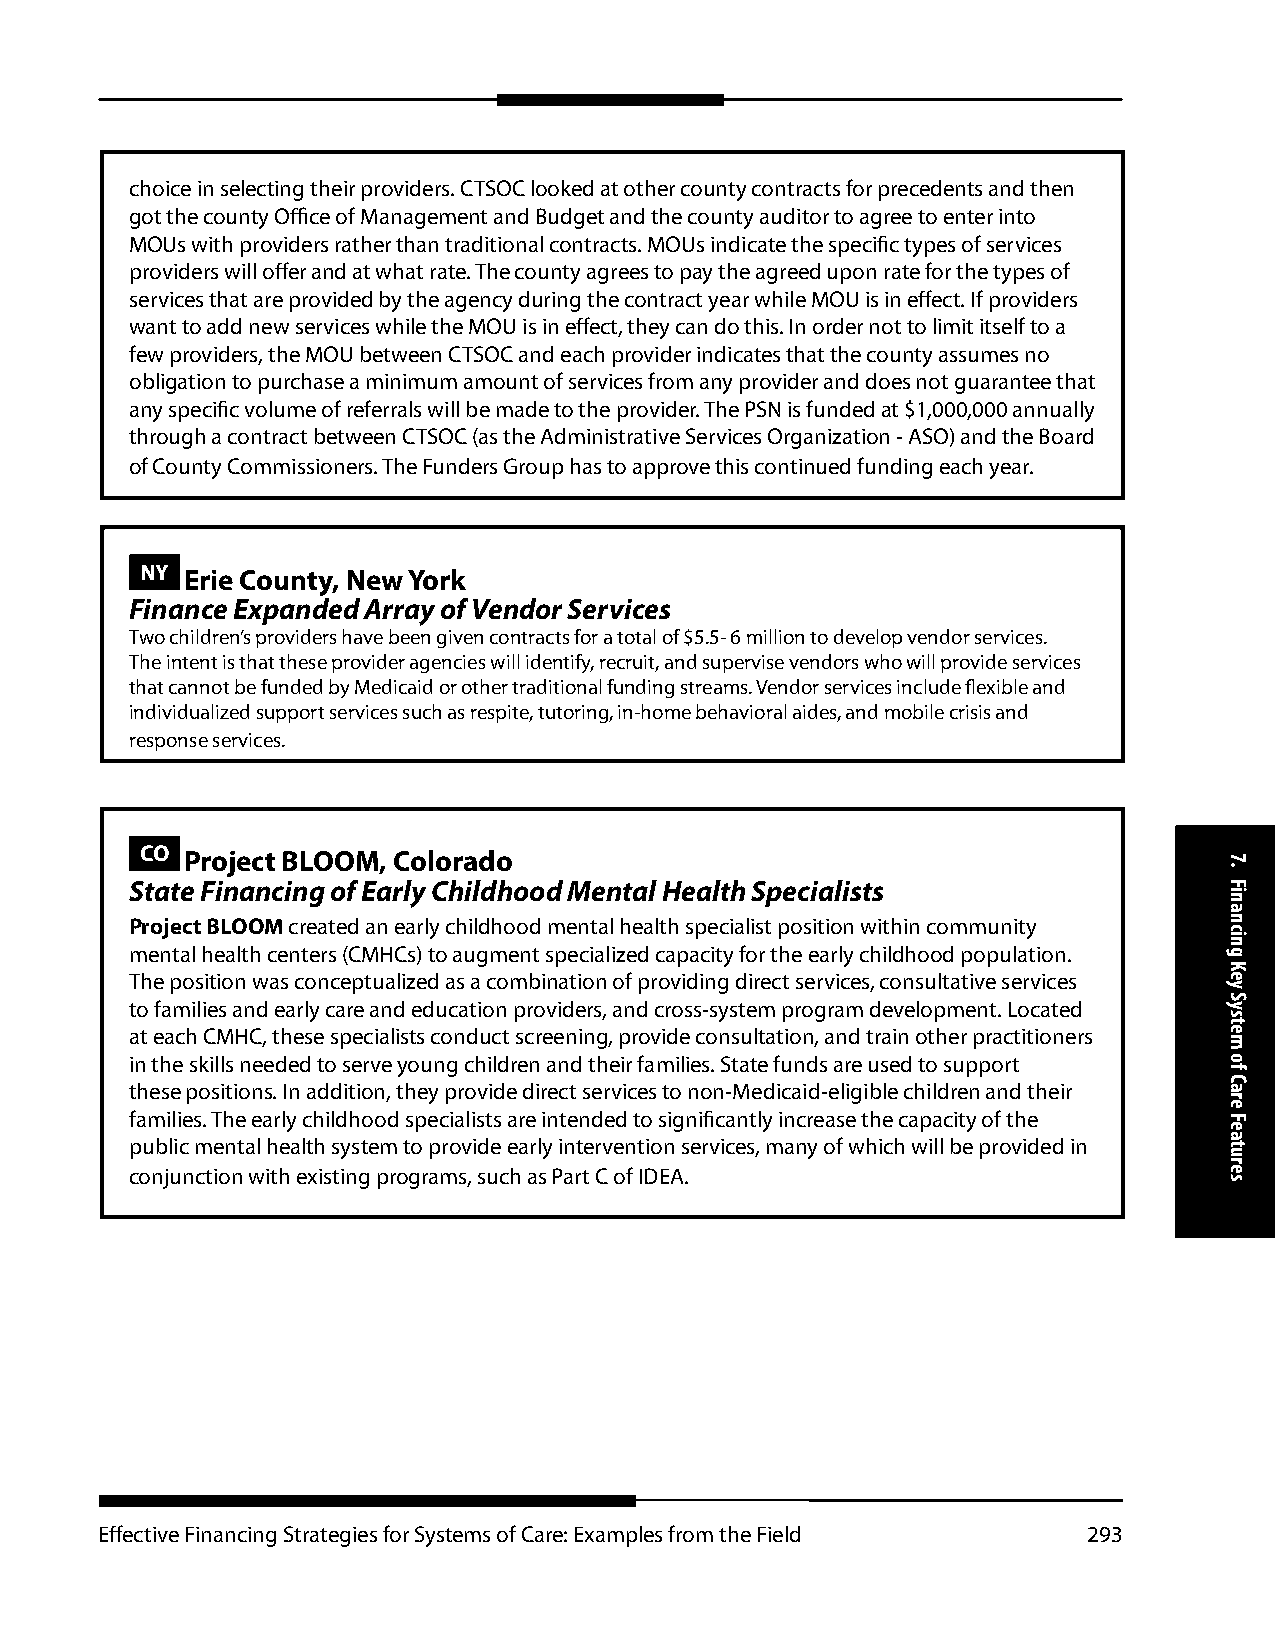
choice in selecting their providers. CTSOC looked at other county contracts for precedents and then
 got the county Office of Management and Budget and the county auditor to agree to enter into
 MOUs with providers rather than traditional contracts. MOUs indicate the specific types of services
 providers will offer and at what rate. The county agrees to pay the agreed upon rate for the types of
 services that are provided by the agency during the contract year while MOU is in effect. If providers
 want to add new services while the MOU is in effect, they can do this. In order not to limit itself to a
 few providers, the MOU between CTSOC and each provider indicates that the county assumes no
 obligation to purchase a minimum amount of services from any provider and does not guarantee that
 any specific volume of referrals will be made to the provider. The PSN is funded at $1,000,000 annually
 through a contract between CTSOC (as the Administrative Services Organization - ASO) and the Board
 of County Commissioners. The Funders Group has to approve this continued funding each year.
 NY Erie County, New York
 Finance Expanded Array of Vendor Services
 Two children’s providers have been given contracts for a total of $5.5- 6 million to develop vendor services.
 The intent is that these provider agencies will identify, recruit, and supervise vendors who will provide services
 that cannot be funded by Medicaid or other traditional funding streams. Vendor services include flexible and
 individualized support services such as respite, tutoring, in-home behavioral aides, and mobile crisis and
 response services.
 CO Project BLOOM, Colorado
 State Financing of Early Childhood Mental Health Specialists
 Project BLOOM created an early childhood mental health specialist position within community
 mental health centers (CMHCs) to augment specialized capacity for the early childhood population.
 The position was conceptualized as a combination of providing direct services, consultative services
 to families and early care and education providers, and cross-system program development. Located
 at each CMHC, these specialists conduct screening, provide consultation, and train other practitioners
 in the skills needed to serve young children and their families. State funds are used to support
 these positions. In addition, they provide direct services to non-Medicaid-eligible children and their
 families. The early childhood specialists are intended to significantly increase the capacity of the
 public mental health system to provide early intervention services, many of which will be provided in
 conjunction with existing programs, such as Part C of IDEA.
 Effective Financing Strategies for Systems of Care: Examples from the Field 293
 7.
 Financing
 Key
 System
 of
 Care
 Features